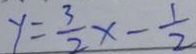
y = \frac { 3 } { 2 } x - \frac { 1 } { 2 }